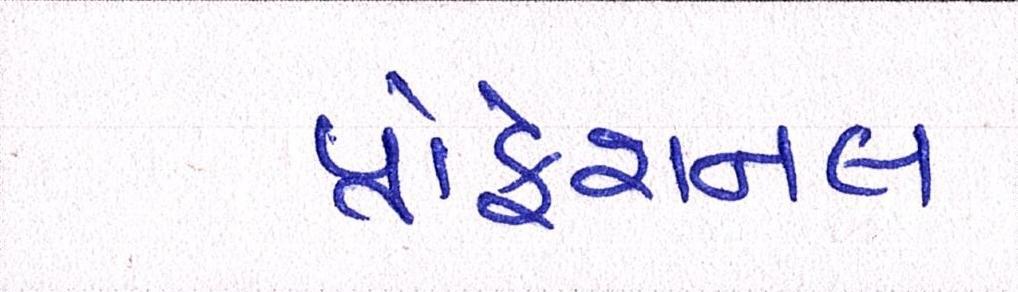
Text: પ્રોફેશનલ